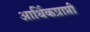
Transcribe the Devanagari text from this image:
आर्थिकप्राप्ती